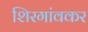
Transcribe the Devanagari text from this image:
शिरगांवकर